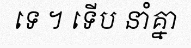
ទេ ។ ទើប នាំគ្នា